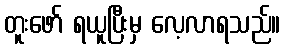
တူးဖော် ရယူပြီးမှ လေ့လာရသည်။